Mental hospitals Bombay report 1929-33 - 1929-1933
Year: 1929
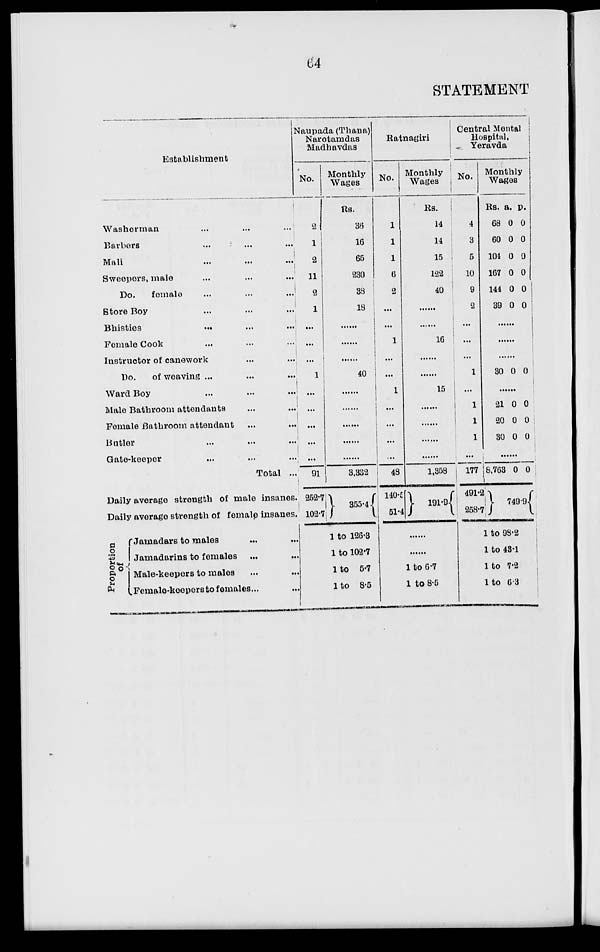
64
STATEMENT
Establishment
Washerman ... ... ...
Barbers ... ... ...
Mali ... ... ...
Sweepers, male ... ... ...
Do. female ... ... ...
Store Boy ... ... ...
Bhisties
...
...
...
Female Cook ... ... ...
Instructor of canework ... ... ...
Do.
of weaving ... ... ...
Ward Boy ... ... ...
Male Bathroom attendants ... ...
Female Bathroom attendant ... ...
Butler ... ... ...
Gate-keeper ... ... ...
Total ...
Daily average strength of male insanes.
Daily average strength of female insanes.
Proportion
of
Jamadars to males ... ...
Jamadarins to females ... ...
Male-keepers to males ... ...
Female-keepers to females ... ...
Naupada (Thana)
Narotamdas
Madhavdas
No.
2
1
2
11
2
1
...
...
...
1
...
...
...
...
...
91
252.7
102.7
Monthly
Wages
Rs.
36
16
65
230
38
18
......
......
......
40
......
......
......
......
3,332
355.4
1 to 126.3
1 to 102.7
1 to 5.7
1 to 8.5
Ratnagiri
No.
1
1
1
6
2
...
...
1
...
...
1
...
...
...
...
48
140.5
51.4
Monthly
Wages
Rs.
14
14
15
122
40
......
......
16
......
......
15
......
......
......
......
1,358
191.9
.........
.........
1 to 6.7
1 to 8.5
Central Mental
Hospital,
Yeravda
No.
4
3
5
10
9
2
...
...
...
1
...
1
1
1
...
177
491.2
258.7
Monthly
Wages
Rs.
68
60
104
167
144
39
a.
0
0
0
0
0
0
p.
0
0
0
0
0
0
.........
.........
.........
30 0 0
.........
21
20
30
0
0
0
0
0
0
.........
8,763 0 0
749.9
1 to 98.2
1 to 43.1
1 to 7.2
1 to 6.3